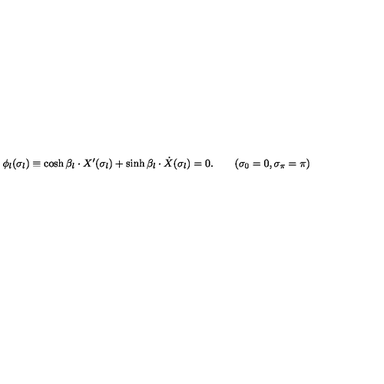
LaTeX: \phi _ { l } ( \sigma _ { l } ) \equiv \cosh \beta _ { l } \cdot X ^ { \prime } ( \sigma _ { l } ) + \sinh \beta _ { l } \cdot \dot { X } ( \sigma _ { l } ) = 0 . \qquad ( \sigma _ { 0 } = 0 , \sigma _ { \pi } = \pi )